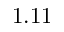
1 . 1 1